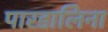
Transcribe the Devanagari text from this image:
पारडालिना